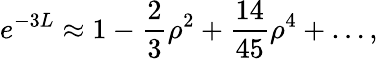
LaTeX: e^{-3L}\approx 1-\frac{2}{3}\rho^{2}+\frac{14}{45}\rho^{4}+\ldots,